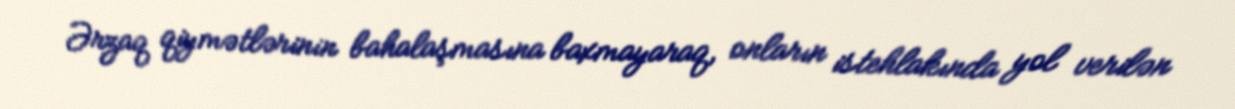
Ərzaq qiymətlərinin bahalaşmasına baxmayaraq, onların istehlakında yol verilən